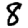
Digit: 8